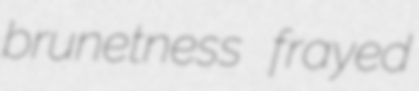
brunetness frayed